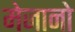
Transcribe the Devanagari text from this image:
मेजानो